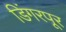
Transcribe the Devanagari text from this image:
डिंगरपूर